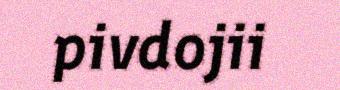
pivdojii